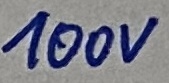
Text: 100V